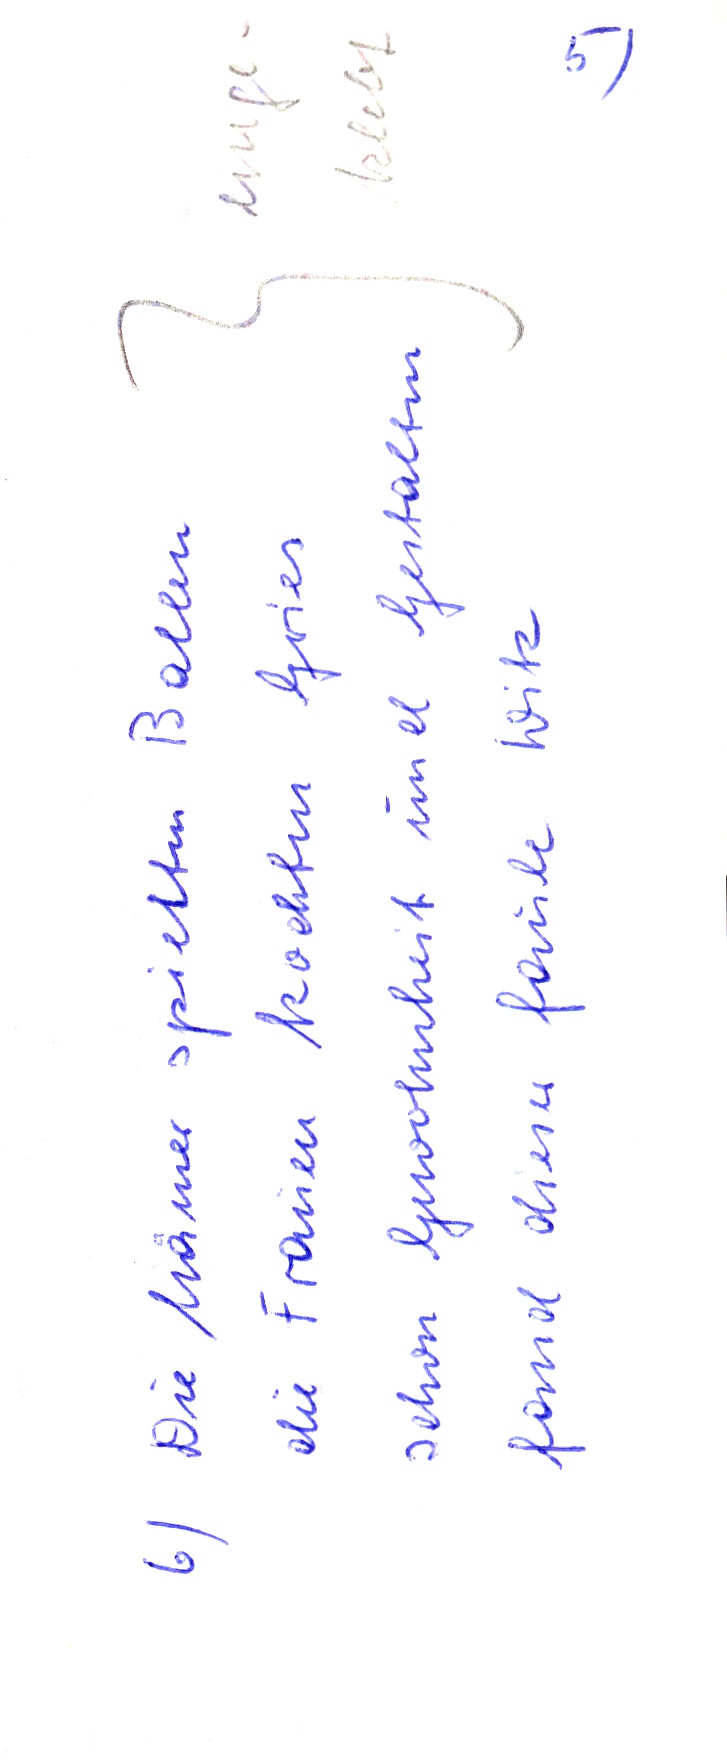
6) Die Männer spileten Ballern
schon Gewohnheit und Gestalten
die Frauen kochten Gries
fand dieser faule Witz